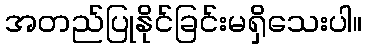
အတည်ပြုနိုင်ခြင်းမရှိသေးပါ။